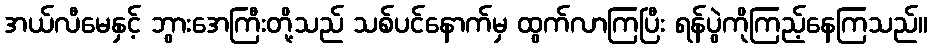
အယ်လီမေနှင့် ဘွားအေကြီးတို့သည် သစ်ပင်နောက်မှ ထွက်လာကြပြီး ရန်ပွဲကိုကြည့်နေကြသည်။